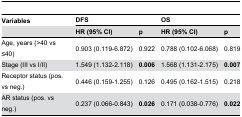
<table><thead><tr><td><b>Variables</b></td><td colspan="2"><b>DFS</b></td><td colspan="2"><b>OS</b></td></tr><tr><td></td><td><b>HR (95% CI) </b></td><td><b>p</b></td><td><b>HR (95% CI)</b></td><td><b>p</b></td></tr></thead><tbody><tr><td>Age, years (&gt;40 vs ≤40)</td><td>0.903 (0.119-6.872)</td><td>0.922</td><td>0.788 (0.102-6.068)</td><td>0.819</td></tr><tr><td>Stage (III vs I/II)</td><td>1.549 (1.132-2.118)</td><td><b>0.006</b></td><td>1.568 (1.131-2.175)</td><td><b>0.007</b></td></tr><tr><td>Receptor status (pos. vs neg.)</td><td>0.446 (0.159-1.255)</td><td>0.126</td><td>0.495 (0.162-1.515)</td><td>0.218</td></tr><tr><td>AR status (pos. vs neg.)</td><td>0.237 (0.066-0.843)</td><td><b>0.026</b></td><td>0.171 (0.038-0.776)</td><td><b>0.022</b></td></tr></tbody></table>